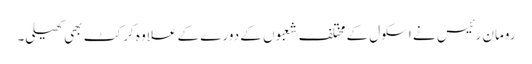
رومان رئیس نے اسکول کے مختلف شعبوں کے دورے کے علاوہ کرکٹ بھی کھیلی۔